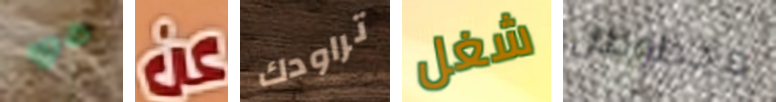
حي عن تراودك شغل محظوظان